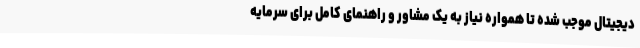
دیجیتال موجب شده تا همواره نیاز به یک مشاور و راهنمای کامل برای سرمایه